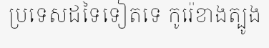
ប្រទេសដទៃទៀតទេ កូរ៉េខាងត្បូង